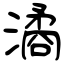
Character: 潏